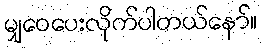
မျှဝေပေးလိုက်ပါတယ်နော်။